Civil Veterinary Department Bihar & Orissa reports 1929-36 - 1929-1936
Year: 1929
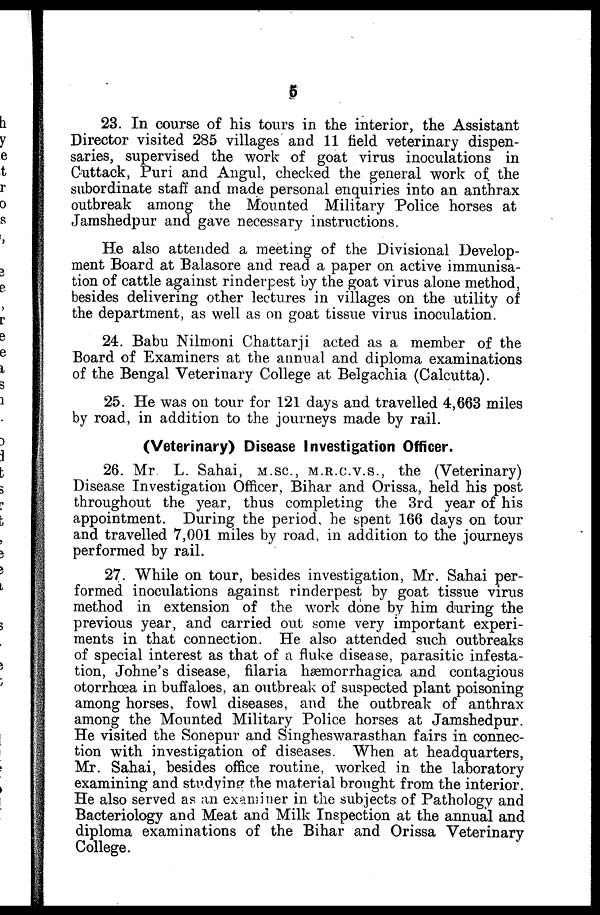
6
23. In course of his tours in the interior, the Assistant
Director visited 285 villages and 11 field veterinary dispen-
saries, supervised the work of goat virus inoculations in
Cuttack, Puri and Angul, checked the general work of the
subordinate staff and made personal enquiries into an anthrax
outbreak among the Mounted Military Police horses at
Jamshedpur and gave necessary instructions.
He also attended a meeting of the Divisional Develop-
ment Board at Balasore and read a paper on active immunisa-
tion of cattle against rinderpest by the goat virus alone method,
besides delivering other lectures in villages on the utility of
the department, as well as on goat tissue virus inoculation.
24. Babu Nilmoni Chattarji acted as a member of the
Board of Examiners at the annual and diploma examinations
of the Bengal Veterinary College at Belgachia (Calcutta).
25. He was on tour for 121 days and travelled 4,663 miles
by road, in addition to the journeys made by rail.
(Veterinary) Disease Investigation Officer.
26. Mr L. Sahai, M.SC., M.R.C.V.S., the (Veterinary)
Disease Investigation Officer, Bihar and Orissa, held his post
throughout the year, thus completing the 3rd year of his
appointment. During the period he spent 166 days on tour
and travelled 7,001 miles by road, in addition to the journeys
performed by rail.
27. While on tour, besides investigation, Mr. Sahai per-
formed inoculations against rinderpest by goat tissue virus
method in extension of the work done by him during the
previous year, and carried out some very important experi-
ments in that connection. He also attended such outbreaks
of special interest as that of a fluke disease, parasitic infesta-
tion, Johne's disease, filaria hæmorrhagica and contagious
otorrhæa in buffaloes, an outbreak of suspected plant poisoning
among horses, fowl diseases, and the outbreak of anthrax
among the Mounted Military Police horses at Jamshedpur.
He visited the Sonepur and Singheswarasthan fairs in connec-
tion with investigation of diseases. When at headquarters,
Mr. Sahai, besides office routine, worked in the laboratory
examining and studying the material brought from the interior.
He also served as an examiner in the subjects of Pathology and
Bacteriology and Meat and Milk Inspection at the annual and
diploma examinations of the Bihar and Orissa Veterinary
College.